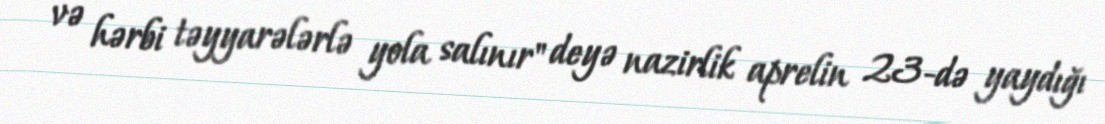
və hərbi təyyarələrlə yola salınır" deyə nazirlik aprelin 23-də yaydığı